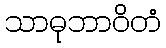
သာဓုဘာဝိတံ